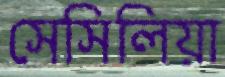
সেসিলিয়া